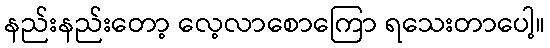
နည်းနည်းတော့ လေ့လာစောကြော ရသေးတာပေါ့။